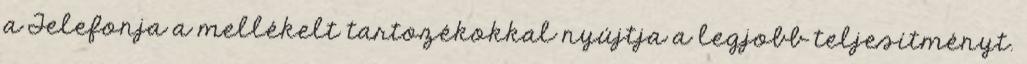
a Telefonja a mellékelt tartozékokkal nyújtja a legjobb teljesítményt.